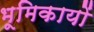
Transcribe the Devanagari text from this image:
भूमिकायों